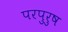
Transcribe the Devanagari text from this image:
परपुरुष